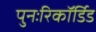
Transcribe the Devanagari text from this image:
पुनःरिकॉर्डिड